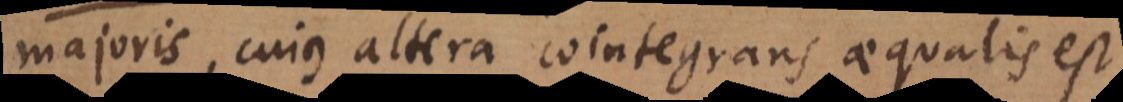
majoris, cujus altera cointegrans aequalis est